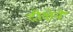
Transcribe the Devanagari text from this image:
दीक्षेने